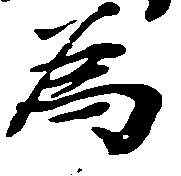
為